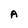
Character: A